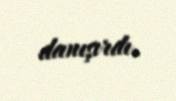
danışırdı.